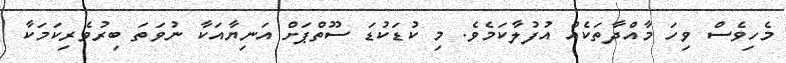
މެހިވެސް ވިހަ މާއްދާތަކެއް އުފުލާކަމެވެ. މި ކުޑަކުޑަ ސޫތްޕަށް އަނިޔާއަކާ ނުވަތަ ބިރުވެރިކަމަކާ